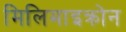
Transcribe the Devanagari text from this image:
मिलिमाइक्रोन